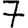
Digit: 7